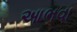
આભવા